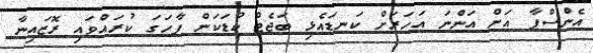
އެންސްޕާ އަށް އަންނަ އަހަރަށް ކަނޑައެޅި ބަޖެޓް ކުޑަކަން ފާހަގަ ކުރައްވައި ރޮޒައިނާ